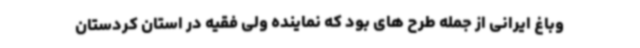
وباغ ایرانی از جمله طرح های بود که نماینده ولی فقیه در استان کردستان